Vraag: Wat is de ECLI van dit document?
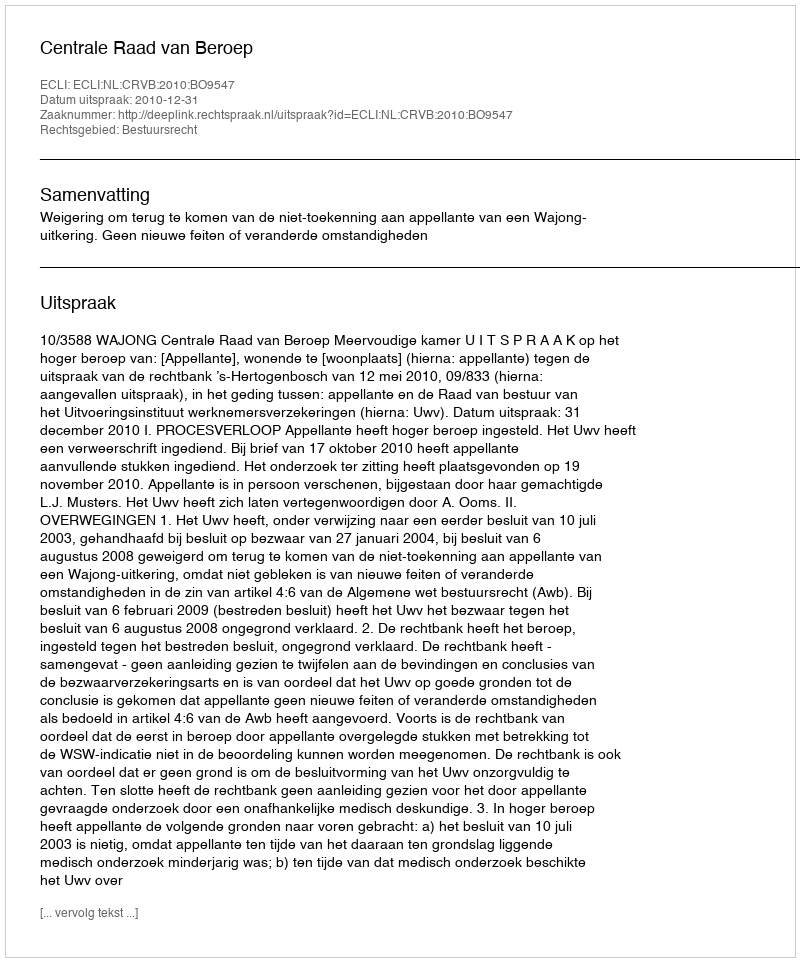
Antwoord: ECLI:NL:CRVB:2010:BO9547